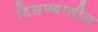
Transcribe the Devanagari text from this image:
दिसण्यातील